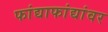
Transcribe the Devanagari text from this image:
फांद्याफांद्यांवर